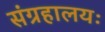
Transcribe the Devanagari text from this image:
संग्रहालयः